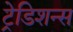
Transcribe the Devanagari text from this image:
ट्रेडिशन्स